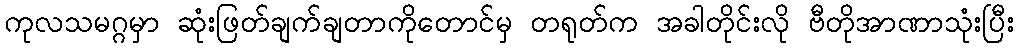
ကုလသမဂ္ဂမှာ ဆုံးဖြတ်ချက်ချတာကိုတောင်မှ တရုတ်က အခါတိုင်းလို ဗီတိုအာဏာသုံးပြီး